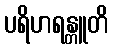
ပရိဟရန္တူတိ